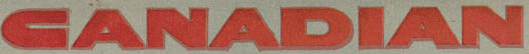
CANADIAN